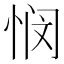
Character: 悯